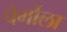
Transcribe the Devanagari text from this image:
पेर्गोला